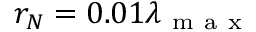
r _ { N } = 0 . 0 1 \lambda _ { \mathrm { ~ m ~ a ~ x ~ } }